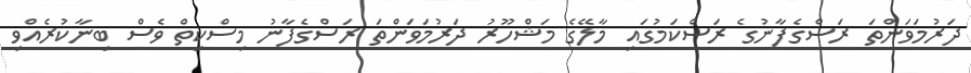
ދަރުމަވަންތަ ރަސްގެފާނުގެ ރަސްކަމުގައި މާލޭގެ މަޝްހޫރު ދަރުމަވަންތަ ރަސްގެފާނު މިސްކިތް ވެސް ބިނާކުރެއްވި